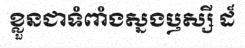
ខ្លួនជាទំពាំងស្នងឫស្សី ដ៏